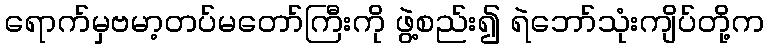
ရောက်မှဗမာ့တပ်မတော်ကြီးကို ဖွဲ့စည်း၍ ရဲဘော်သုံးကျိပ်တို့က